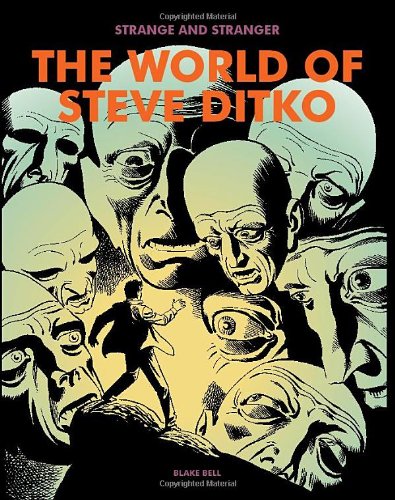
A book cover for Strange and Stranger: The World of Steve Ditko; Blake Bell; Comics & Graphic Novels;